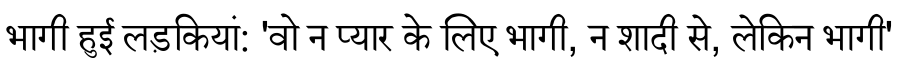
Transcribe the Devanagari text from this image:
भागी हुई लड़कियां: 'वो न प्यार के लिए भागी, न शादी से, लेकिन भागी'